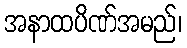
အနာထပိဏ်အမည်၊